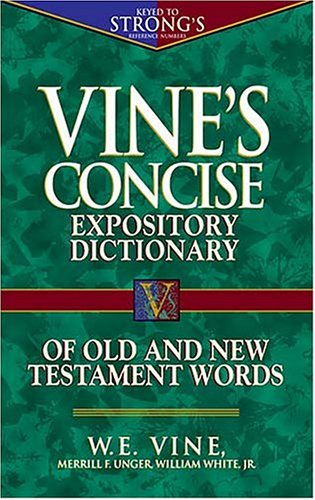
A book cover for Vine's Concise Dictionary of Old and New Testament Words; W. E. Vine; Christian Books & Bibles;